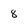
Character: 8